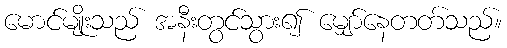
မောင်မျိုးသည် အနီးတွင်သွား၍ မျှော်နေတတ်သည်။